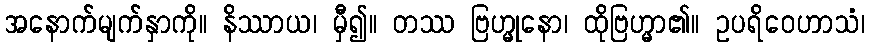
အနောက်မျက်နှာကို။ နိဿာယ၊ မှီ၍။ တဿ ဗြဟ္မုနော၊ ထိုဗြဟ္မာ၏။ ဥပရိဝေဟာသံ၊